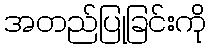
အတည်ပြုခြင်းကို